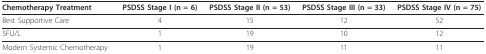
<table><thead><tr><td><b>Chemotherapy Treatment</b></td><td><b>PSDSS Stage I (n = 6)</b></td><td><b>PSDSS Stage II (n = 53)</b></td><td><b>PSDSS Stage III (n = 33)</b></td><td><b>PSDSS Stage IV (n = 75)</b></td></tr></thead><tbody><tr><td>Best Supportive Care</td><td>4</td><td>15</td><td>12</td><td>52</td></tr><tr><td>5FU/L</td><td>1</td><td>19</td><td>10</td><td>12</td></tr><tr><td>Modern Systemic Chemotherapy</td><td>1</td><td>19</td><td>11</td><td>11</td></tr></tbody></table>